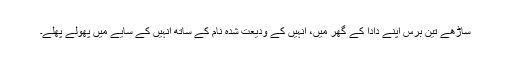
ساڑھے تین برس اپنے دادا کے گھر میں، انہیں کے ودیعت شدہ نام کے ساتھ انہیں کے سایے میں پھولے پھلے۔